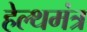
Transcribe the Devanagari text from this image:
हेल्थमंत्र